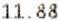
11.88